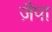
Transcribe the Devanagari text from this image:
ज़ैपा